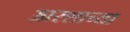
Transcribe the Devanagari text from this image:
आरशाच्या